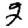
Digit: 2